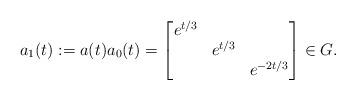
LaTeX: \begin{align*} a_1(t) := a(t)a_0(t) = \begin{bmatrix} e^{t/3} & & \\ & e^{t/3} & \\ & & e^{-2t/3} \end{bmatrix} \in G.\end{align*}